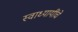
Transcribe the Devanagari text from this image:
स्वाध्यायींचे